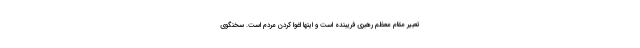
تعبیر مقام معظم رهبری فریبنده است و اینها اغوا کردن مردم است. سخنگوی